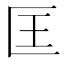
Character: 匡